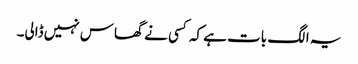
یہ الگ بات ہے کہ کسی نے گھاس نہیں ڈالی۔